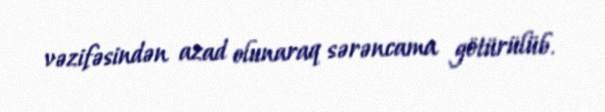
vəzifəsindən azad olunaraq sərəncama götürülüb.